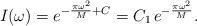
LaTeX: \begin{align*}I(\omega) = e^{- \frac{\pi \omega^2}{M} + C} = C_1 \, e^{-\frac{\pi \omega^2}{M}}.\end{align*}